Reports on dispensaries and lunatic asylums in the Province of Oudh - 1869-1876
Year: 1869
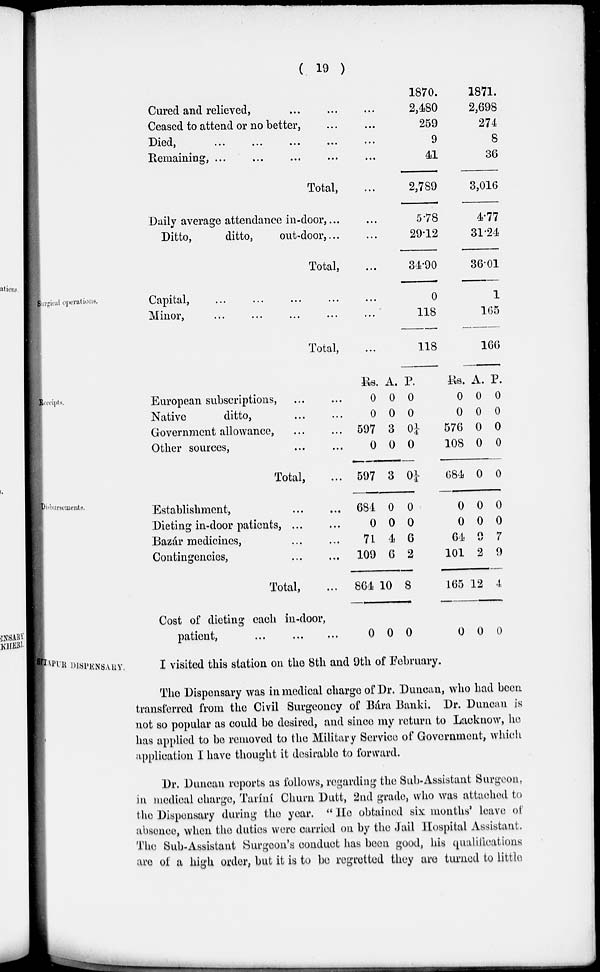
( 19 )
Cured and relieved, ... ... ...
Ceased to attend or no better, ... ...
Died,
...
...
...
...
...
Remaining, ... ... ... ... ...
Total, ...
Daily average attendance in-door, . . . ...
Ditto,
ditto,
out-door, ... ...
Total, ...
1870.
2,480
259
9
41
2,789
5.78
29.12
34.90
1871.
2,698
274
8
36
3,016
4.77
31.24
36.01
Surgical operations.
Capital, ... ... ... ... ... ...
Minor, ... ... ... ... ... ...
Total, ...
0
118
118
1
165
166
Receipts.
European subscriptions, ... ...
Native
ditto, ... ...
Government allowance, ... ...
Other sources, ... ...
Total, ...
Rs.
0
0
597
0
597
A.
0
0
3
0
3
P.
0
0
0¼
0
0¼
Rs.
0
0
576
108
684
A.
0
0
0
0
0
P.
0
0
0
0
0
Disbursements.
Establishment, ... ...
Dieting in-door patients, ... ...
Bazár medicines, ... ...
Contingencies, ... ...
Total, ...
Cost of dieting each in-door,
patient,
...
...
...
684
0
71
109
864
0
0
0
4
6
10
0
0
0
6
2
8
0
0
0
64
101
165
0
0
0
9
2
12
0
0
0
7
9
4
0
SEETÁPUR DISPENSARY. I visited this station on the 8th and 9th of February.
The Dispensary was in medical charge of Dr. Duncan, who had been
transferred from the Civil Surgeoncy of Bára Banki. Dr. Duncan is
not so popular as could be desired, and since my return to Lacknow, he
has applied to be removed to the Military Service of Government, which
application I have thought it desirable to forward.
Dr. Duncan reports as follows, regarding the Sub-Assistant Surgeon,
in medical charge, Taríní Churn Dutt, 2nd grade, who was attached to
the Dispensary during the year. "He obtained six months' leave of
absence, when the duties were carried on by the Jail Hospital Assistant.
The Sub-Assistant Surgeon's conduct has been good, his qualifications
are of a high order, but it is to be regretted they are turned to little